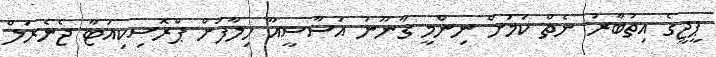
ޕީޖީގެ އިތުބާރު ނެތް ކަމަށް ނިންމީ ގާނޫނު އަސާސީއާ ހިލާފަށް ޕްރޮސިކިއުޓާ ޖެނެރަލް